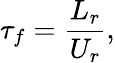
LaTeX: \tau_{f}=\frac{L_{r}}{U_{r}},